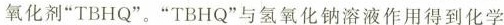
氧化剂”TBHQ”。”TBHQ”与氢氧化钠溶液作用得到化学